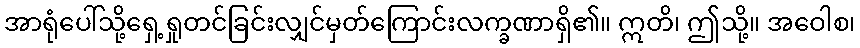
အာရုံပေါ်သို့ရှေ့ရှုတင်ခြင်းလျှင်မှတ်ကြောင်းလက္ခဏာရှိ၏။ ဣတိ၊ ဤသို့။ အဝေါစ၊